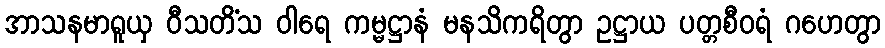
အာသနမာရူယှ ဝီသတိံသ ဝါရေ ကမ္မဋ္ဌာနံ မနသိကရိတွာ ဥဋ္ဌာယ ပတ္တစီဝရံ ဂဟေတွာ